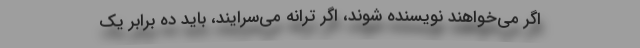
اگر می‌خواهند نویسنده شوند، اگر ترانه می‌سرایند، باید ده برابر یک